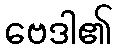
ဗေဒါ၏